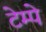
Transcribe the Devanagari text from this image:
टेम्पे